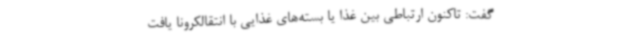
گفت: تاکنون ارتباطی بین غذا یا بسته‌های غذایی با انتقالکرونا یافت